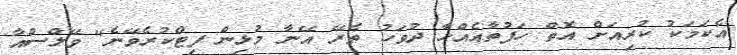
އެކަމަކު ކުރިއަށް އޮތް ހަފުތާއެއްހާ ދުވަހު ތެރޭ އޭނާ މުޅިން ފިޓްކުރެވޭނެ" ވޭލްސްއާ